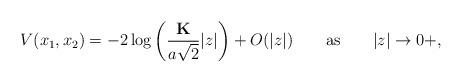
LaTeX: \begin{align*}V(x_{1},x_{2})= -2\log\left( \dfrac{\mathbf{K}}{a\sqrt{2}}\vert z\vert\right) +O(\vert z\vert) \ \ \ \ \ \ \mathrm{as} \ \ \ \ \ \ \vert z\vert \rightarrow 0+,\end{align*}